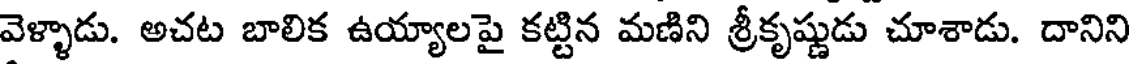
వెళ్ళాడు. అచట బాలిక ఉయ్యాలపై కట్టిన మణిని శ్రీకృష్ణుడు చూశాడు. దానిని